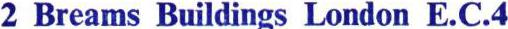
2 Breams Buildings London E.C.4